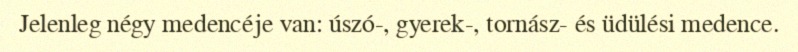
Jelenleg négy medencéje van: úszó-, gyerek-, tornász- és üdülési medence.